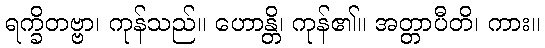
ရက္ခိတဗ္ဗာ၊ ကုန်သည်။ ဟောန္တိ၊ ကုန်၏။ အတ္တာပီတိ၊ ကား။